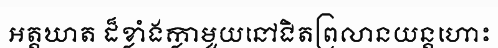
អត្តឃាត ដ៏ខ្លាំងក្លាមួយនៅជិតព្រលានយន្តហោះ